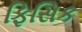
ફિસિક